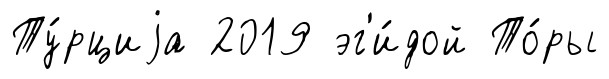
Ту́рциjа 2019 эг'и́дой То́ры